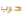
حرب